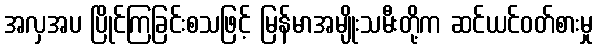
အလှအပ ပြိုင်ကြခြင်းစသဖြင့် မြန်မာအမျိုးသမီးတို့က ဆင်ယင်ဝတ်စားမှု